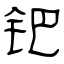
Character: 钯